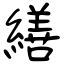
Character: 繕